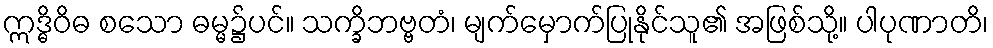
ဣဒ္ဓိဝိဓ စသော ဓမ္မ၌ပင်။ သက္ခိဘဗ္ဗတံ၊ မျက်မှောက်ပြုနိုင်သူ၏ အဖြစ်သို့။ ပါပုဏာတိ၊